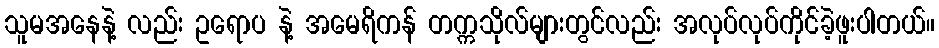
သူမအနေနဲ့ လည်း ဥရောပ နဲ့ အမေရိကန် တက္ကသိုလ်များတွင်လည်း အလုပ်လုပ်ကိုင်ခဲ့ဖူးပါတယ်။